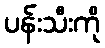
ပန်းသီးကို